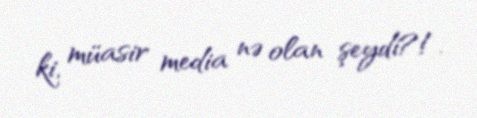
ki, müasir media nə olan şeydi?!.